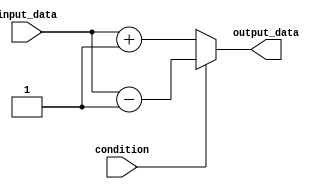
module if_else_statement_with_negation (
    input wire condition,
    input wire input_data,
    output reg output_data
);

always @(*) begin
    if (~condition) begin
        output_data <= input_data + 1; // Execute this block if the condition is false
    end
    else begin
        output_data <= input_data - 1; // Execute this block if the condition is true
    end
end

endmodule